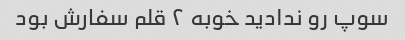
سوپ رو ندادید خوبه ۲ قلم سفارش بود